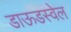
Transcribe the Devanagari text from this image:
डाऊडस्वेल